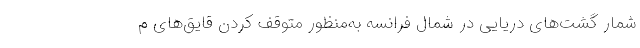
شمار گشت‌های دریایی در شمال فرانسه به‌منظور متوقف کردن قایق‌های م